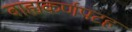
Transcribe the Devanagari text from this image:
बाह्यकर्णपटह